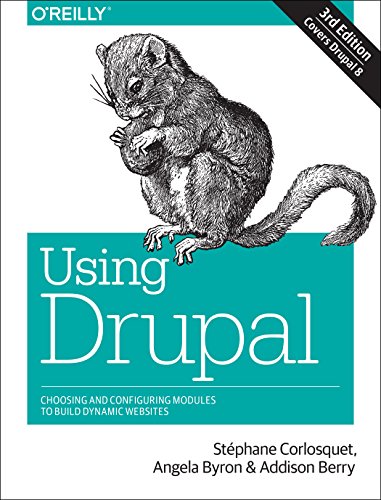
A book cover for Using Drupal; StÃ©phane Corlosquet; Computers & Technology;